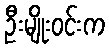
ဦးမျိုးဝင်းက